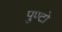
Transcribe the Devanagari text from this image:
पुण्टो